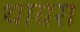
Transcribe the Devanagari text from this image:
थायरा